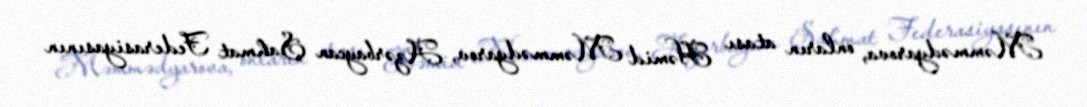
Məmmədyarova, onların atası Həmid Məmmədyarov, Azərbaycan Şahmat Federasiyasının